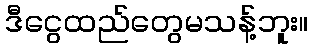
ဒီငွေထည်တွေမသန့်ဘူး။